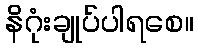
နိဂုံးချုပ်ပါရစေ။